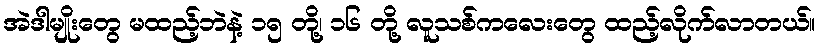
အဲဒါမျိုးတွေ မထည့်ဘဲနဲ့ ၁၅ တို့၊ ၁၆ တို့ လူသစ်ကလေးတွေ ထည့်လိုက်လာတယ်။